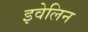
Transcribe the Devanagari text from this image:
इवेलिन